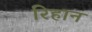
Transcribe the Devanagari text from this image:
रिहान